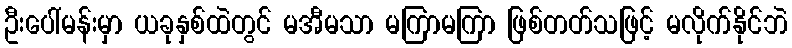
ဦးပေါ်မန်းမှာ ယခုနှစ်ထဲတွင် မအီမသာ မကြာမကြာ ဖြစ်တတ်သဖြင့် မလိုက်နိုင်ဘဲ